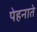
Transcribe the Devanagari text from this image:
पेहनाते